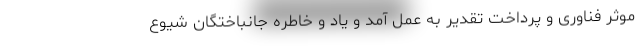
موثر فناوری و پرداخت تقدیر به عمل آمد و یاد و خاطره جانباختگان شیوع